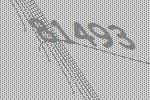
81493